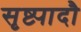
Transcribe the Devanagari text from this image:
सृष्ट्यादौ